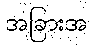
အခြားအ